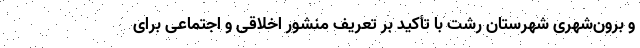
و برون‌شهری شهرستان رشت با تأکید بر تعریف منشور اخلاقی و اجتماعی برای